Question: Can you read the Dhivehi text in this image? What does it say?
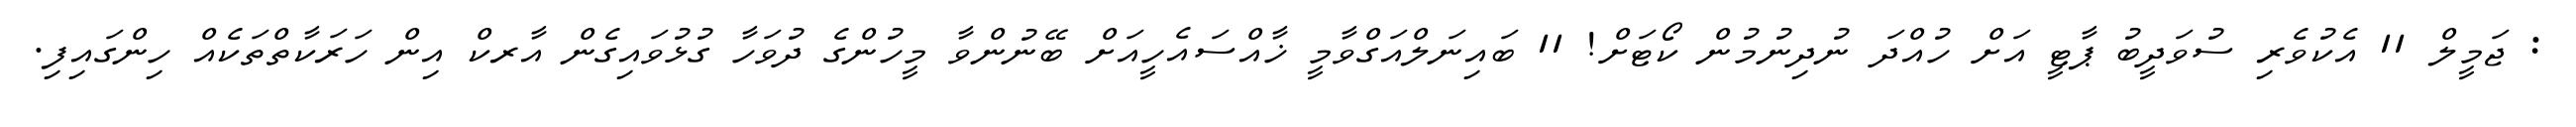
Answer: : ޖަމީލް 11 އެކުވެރި ސުވަދީބު ޕާޓީ އަށް ހުއްދަ ނުދިނުމުން ކޯޓަށް! 11 ބައިނަލްއަގްވާމީ ޚާއްސައެހީއަށް ބޭނުންވާ މީހުންގެ ދުވަހާ ގުޅުވައިގެން އާރކް އިން ހަރަކާތްތަކެއް ހިންގައިފި.